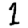
Digit: 1